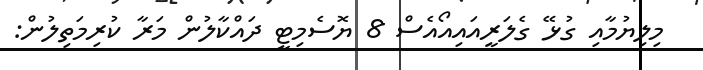
މިލިޔުމާއި ގުޅޭ ގެލަރީއައިއޯއެސް 8 ޔޮސެމިޓީ ދައްކާލުން މަރާ ކުރިމަތިލުން: